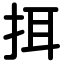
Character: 挕